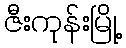
ဇီးကုန်းမြို့